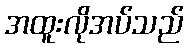
အထူးလိုအပ်သည်